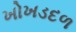
ખોખડદળ